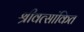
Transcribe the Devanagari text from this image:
श्रीवत्सांकित